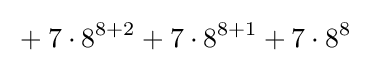
{}+7\cdot 8^{8+2}+7\cdot 8^{8+1}+7\cdot 8^{8}